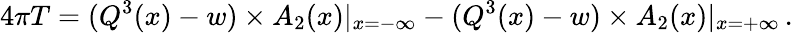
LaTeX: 4\pi T=(Q^{3}(x)-w)\times A_{2}(x)|_{x=-\infty}-(Q^{3}(x)-w)\times A_{2}(x)|_{x=+\infty}\, .